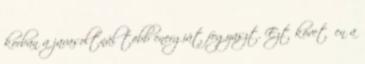
korban a javasoltnál több energiát fogyaszt. Ezt követően a